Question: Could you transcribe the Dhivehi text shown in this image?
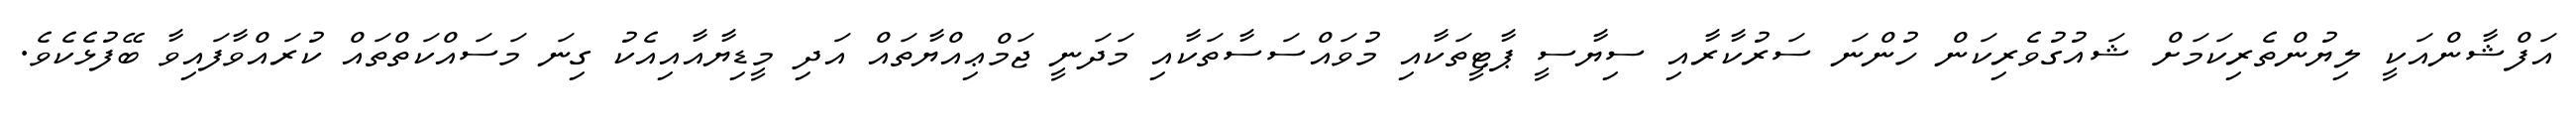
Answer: އަފްޝާންއަކީ ލިޔުންތެރިކަމަށް ޝައުގުވެރިކަން ހުންނަ ސަރުކާރާއި ސިޔާސީ ޕާޓީތަކާއި މުވައްސަސާތަކާއި މަދަނީ ޖަމްޢިއްޔާތައް އަދި މީޑިޔާއާއިއެކު ގިނަ މަސައްކަތްތައް ކުރައްވާފައިވާ ބޭފުޅެކެވެ.